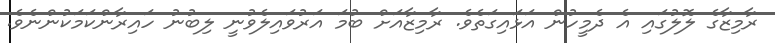
ރާމިޒާގެ ލޮލުގައި އެ ދެމީހުން އަޅައިގަތެވެ. ރާމިޒާއަށް ބުމަ އަރުވައިލެވުނީ ލިބުނު ހައިރާންކަމަކުންނެވެ.